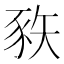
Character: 𰶦